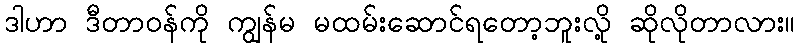
ဒါဟာ ဒီတာဝန်ကို ကျွန်မ မထမ်းဆောင်ရတော့ဘူးလို့ ဆိုလိုတာလား။